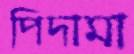
পিদামা